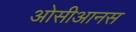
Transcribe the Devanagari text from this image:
ओसीआनस